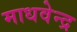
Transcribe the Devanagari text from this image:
माधवेन्द्र